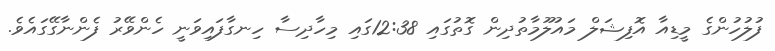
ފުލުހުންގެ މީޑިއާ އޮފިޝަލް މައުލޫމާތުދިން ގޮތުގައި 12:38ގައި މިހާދިސާ ހިނގާފައިވަނީ ހެންވޭރު ފެންނާގޭގައެވެ.